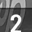
Digit: 2